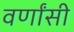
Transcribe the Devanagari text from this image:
वर्णांसी